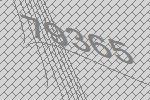
79365